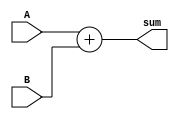
`timescale 1ns / 1ps

module Sum_35(A,B,sum);

input [34:0] A,B;
output [34:0] sum;
assign sum = A + B;

endmodule